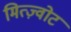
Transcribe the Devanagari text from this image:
मित्ज़्वोट